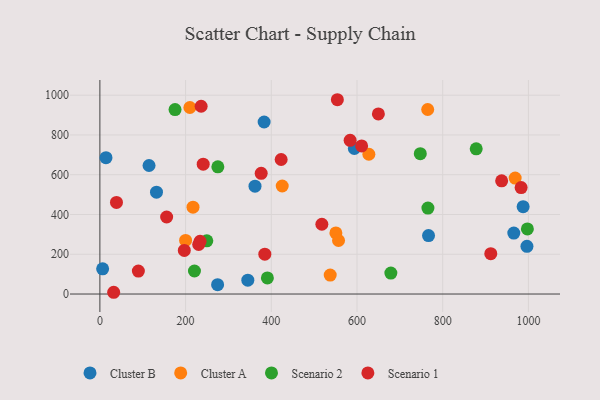
{"axis": {"x": "Ad Spend", "y": "Salary"}, "legend": ["Cluster A", "Cluster B", "Scenario 1", "Scenario 2"], "data": [{"x": "362.0", "y": 542.6, "type": "Cluster B"}, {"x": "383.3", "y": 865.2, "type": "Cluster B"}, {"x": "274.7", "y": 47.1, "type": "Cluster B"}, {"x": "766.9", "y": 294.2, "type": "Cluster B"}, {"x": "996.6", "y": 240.0, "type": "Cluster B"}, {"x": "345.2", "y": 69.7, "type": "Cluster B"}, {"x": "965.9", "y": 306.5, "type": "Cluster B"}, {"x": "987.7", "y": 439.3, "type": "Cluster B"}, {"x": "6.4", "y": 126.9, "type": "Cluster B"}, {"x": "14.2", "y": 685.5, "type": "Cluster B"}, {"x": "132.1", "y": 512.4, "type": "Cluster B"}, {"x": "593.8", "y": 732.0, "type": "Cluster B"}, {"x": "114.7", "y": 646.3, "type": "Cluster B"}, {"x": "969.1", "y": 583.3, "type": "Cluster A"}, {"x": "537.5", "y": 95.5, "type": "Cluster A"}, {"x": "550.7", "y": 307.1, "type": "Cluster A"}, {"x": "200.0", "y": 269.6, "type": "Cluster A"}, {"x": "627.7", "y": 703.1, "type": "Cluster A"}, {"x": "425.5", "y": 543.4, "type": "Cluster A"}, {"x": "217.3", "y": 436.7, "type": "Cluster A"}, {"x": "210.0", "y": 938.1, "type": "Cluster A"}, {"x": "765.0", "y": 928.0, "type": "Cluster A"}, {"x": "556.9", "y": 269.2, "type": "Cluster A"}, {"x": "997.6", "y": 327.3, "type": "Scenario 2"}, {"x": "747.7", "y": 705.7, "type": "Scenario 2"}, {"x": "390.9", "y": 81.0, "type": "Scenario 2"}, {"x": "220.7", "y": 115.9, "type": "Scenario 2"}, {"x": "765.5", "y": 432.4, "type": "Scenario 2"}, {"x": "878.2", "y": 730.1, "type": "Scenario 2"}, {"x": "175.4", "y": 927.6, "type": "Scenario 2"}, {"x": "249.5", "y": 267.4, "type": "Scenario 2"}, {"x": "275.3", "y": 639.7, "type": "Scenario 2"}, {"x": "679.0", "y": 105.5, "type": "Scenario 2"}, {"x": "38.7", "y": 460.9, "type": "Scenario 1"}, {"x": "983.0", "y": 535.2, "type": "Scenario 1"}, {"x": "384.9", "y": 200.5, "type": "Scenario 1"}, {"x": "937.6", "y": 569.4, "type": "Scenario 1"}, {"x": "89.8", "y": 115.6, "type": "Scenario 1"}, {"x": "912.2", "y": 202.7, "type": "Scenario 1"}, {"x": "518.0", "y": 351.0, "type": "Scenario 1"}, {"x": "554.2", "y": 977.2, "type": "Scenario 1"}, {"x": "233.8", "y": 265.4, "type": "Scenario 1"}, {"x": "584.0", "y": 772.8, "type": "Scenario 1"}, {"x": "236.3", "y": 944.5, "type": "Scenario 1"}, {"x": "423.0", "y": 676.5, "type": "Scenario 1"}, {"x": "230.6", "y": 249.1, "type": "Scenario 1"}, {"x": "649.9", "y": 905.7, "type": "Scenario 1"}, {"x": "376.4", "y": 606.9, "type": "Scenario 1"}, {"x": "32.2", "y": 8.8, "type": "Scenario 1"}, {"x": "610.8", "y": 744.8, "type": "Scenario 1"}, {"x": "197.0", "y": 219.2, "type": "Scenario 1"}, {"x": "241.1", "y": 652.9, "type": "Scenario 1"}, {"x": "155.8", "y": 387.5, "type": "Scenario 1"}]}